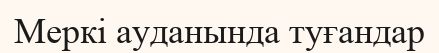
Меркі ауданында туғандар